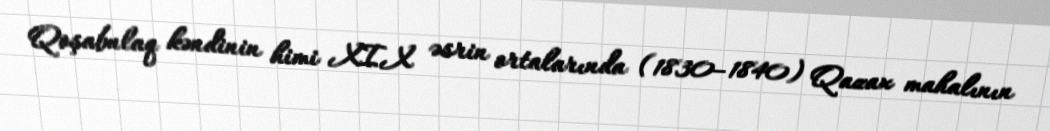
Qoşabulaq kəndinin himi XIX əsrin ortalarında (1830–1840) Qazax mahalının